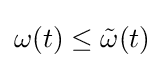
\omega (t)\leq {\tilde {\omega }}(t)